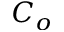
C _ { o }